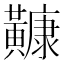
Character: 𪏢